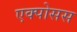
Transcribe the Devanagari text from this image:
एक्पोसस